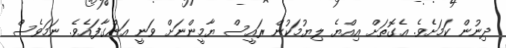
ދިނުން ކަަމަށެވެ. އެގޮތަށް އިއްޔެ ލިޔުމަކުން ރައީސް ޔާމީންނަށް ވަނީ އަންގާފައެވެ. ނަމަވެސް